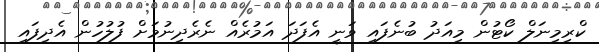
ކްރިމިނަލް ކޯޓުން މިއަދު ބުނެފައި ވަނީ އެފަދަ އަމުރެއް ނެރެދިނުމަށް ފުލުހުން އެދިފައި